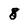
Character: 8